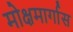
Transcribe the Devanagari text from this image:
मोक्षमार्गास